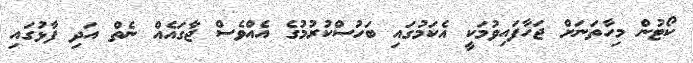
ކޯޓުން މިހާތަނަށް ޖަހާފައިވުމަކީ އެކަމުގައި ބަހުސްކުރުމުގެ އެއްވެސް ޖާގައެއް ނެތް އަދި ފާޅުގައި